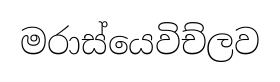
මරාස්යෙවිච්ලව